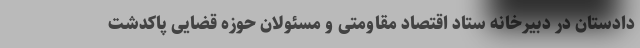
دادستان در دبیرخانه ستاد اقتصاد مقاومتی و مسئولان حوزه قضایی پاکدشت